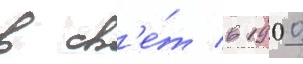
в св'е́т в 1900